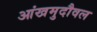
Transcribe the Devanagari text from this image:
आंखमुदौवल